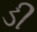
ડી